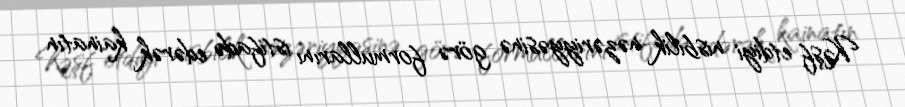
Kəşf etdiyi nisbilik nəzəriyyəsinə görə formullarını istifadə edərək kainatın